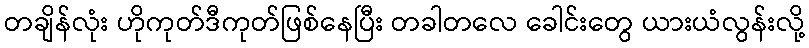
တချိန်လုံး ဟိုကုတ်ဒီကုတ်ဖြစ်နေပြီး တခါတလေ ခေါင်းတွေ ယားယံလွန်းလို့